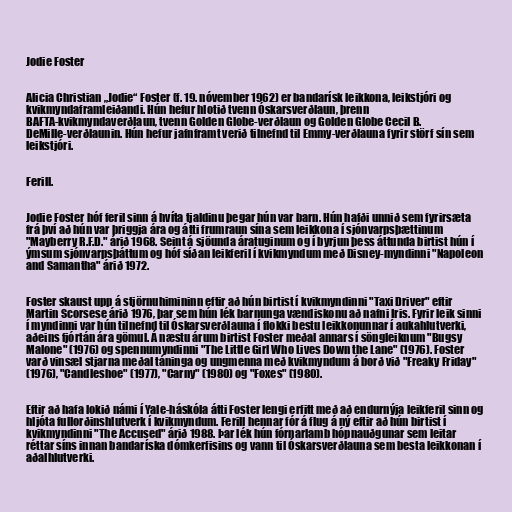
Jodie Foster

Alicia Christian „Jodie“ Foster (f. 19. nóvember 1962) er bandarísk leikkona, leikstjóri og
kvikmyndaframleiðandi. Hún hefur hlotið tvenn Óskarsverðlaun, þrenn
BAFTA-kvikmyndaverðlaun, tvenn Golden Globe-verðlaun og Golden Globe Cecil B.
DeMille-verðlaunin. Hún hefur jafnframt verið tilnefnd til Emmy-verðlauna fyrir störf sín sem
leikstjóri.

Ferill.

Jodie Foster hóf feril sinn á hvíta tjaldinu þegar hún var barn. Hún hafði unnið sem fyrirsæta
frá því að hún var þriggja ára og átti frumraun sína sem leikkona í sjónvarpsþættinum
"Mayberry R.F.D." árið 1968. Seint á sjöunda áratuginum og í byrjun þess áttunda birtist hún í
ýmsum sjónvarpsþáttum og hóf síðan leikferil í kvikmyndum með Disney-myndinni "Napoleon
and Samantha" árið 1972.

Foster skaust upp á stjörnuhimininn eftir að hún birtist í kvikmyndinni "Taxi Driver" eftir
Martin Scorsese árið 1976, þar sem hún lék barnunga vændiskonu að nafni Iris. Fyrir leik sinni
í myndinni var hún tilnefnd til Óskarsverðlauna í flokki bestu leikkonunnar í aukahlutverki,
aðeins fjórtán ára gömul. Á næstu árum birtist Foster meðal annars í söngleiknum "Bugsy
Malone" (1976) og spennumyndinni "The Little Girl Who Lives Down the Lane" (1976). Foster
varð vinsæl stjarna meðal táninga og ungmenna með kvikmyndum á borð við "Freaky Friday"
(1976), "Candleshoe" (1977), "Carny" (1980) og "Foxes" (1980).

Eftir að hafa lokið námi í Yale-háskóla átti Foster lengi erfitt með að endurnýja leikferil sinn og
hljóta fullorðinshlutverk í kvikmyndum. Ferill hennar fór á flug á ný eftir að hún birtist í
kvikmyndinni "The Accused" árið 1988. Þar lék hún fórnarlamb hópnauðgunar sem leitar
réttar síns innan bandaríska dómkerfisins og vann til Óskarsverðlauna sem besta leikkonan í
aðalhlutverki.